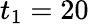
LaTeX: t_{1}=20